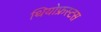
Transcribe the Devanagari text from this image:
थियोफ्रस्टस